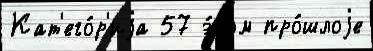
Кат'его́р'иjа 57 э́том про́шлоjе